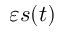
\varepsilon s ( t )